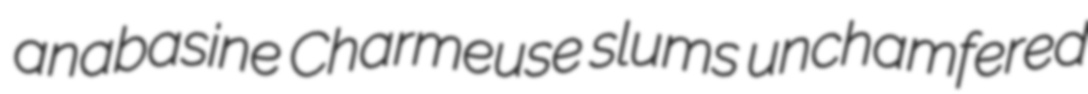
anabasine Charmeuse slums unchamfered